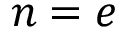
n = e